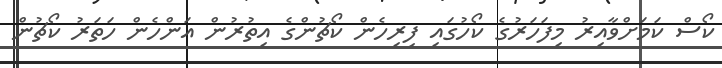
ކޯސް ކަމަށްވާއިރު މިފަހަރުގެ ކޯހުގައި ފިރިހެން ކޯޗުންގެ އިތުރުން އަންހެން ހަތަރު ކޯޗުން